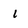
Character: 1